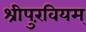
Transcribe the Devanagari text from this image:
श्रीपुरंवियम्